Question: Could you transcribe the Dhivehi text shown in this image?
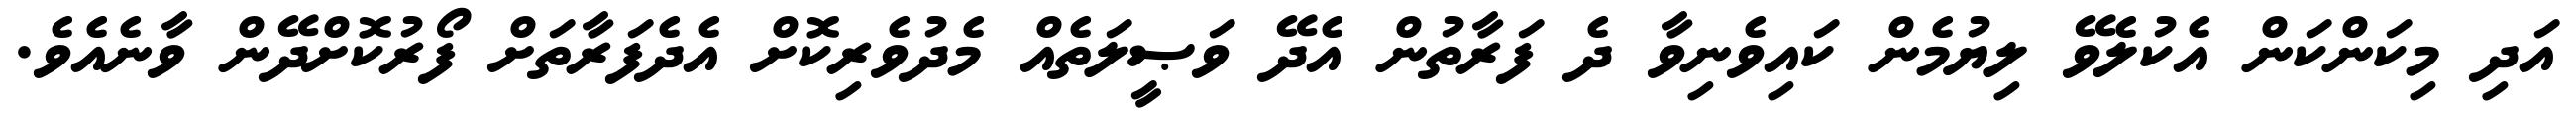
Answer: އަދި މިކަންކަން އެކުލެވޭ ލިޔުމެން ކައިވެނިވާ ދެ ފަރާތުން އެދޭ ވަޞީލަތެއް މެދުވެރިކޮށް އެދެފަރާތަށް ފޯރުކޮށްދޭން ވާނެއެވެ.